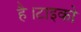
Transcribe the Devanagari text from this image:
है।टाइको